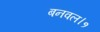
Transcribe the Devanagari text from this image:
बनवल।१